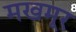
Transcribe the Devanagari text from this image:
मखमूर